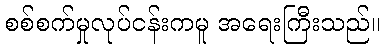
စစ်စက်မှုလုပ်ငန်းကမူ အရေးကြီးသည်။